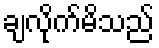
ချလိုက်မိသည်